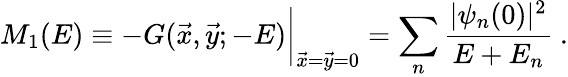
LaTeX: M_{1}(E)\equiv-G(\vec{x},\vec{y};-E)\bigg|_{\vec{x}=\vec{y}=0}=\sum_{n}{\frac{|\psi_{n}(0)|^{2}}{E+E_{n}}}\ .